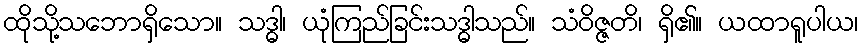
ထိုသို့သဘောရှိသော။ သဒ္ဓါ၊ ယုံကြည်ခြင်းသဒ္ဓါသည်။ သံဝိဇ္ဇတိ၊ ရှိ၏။ ယထာရူပါယ၊